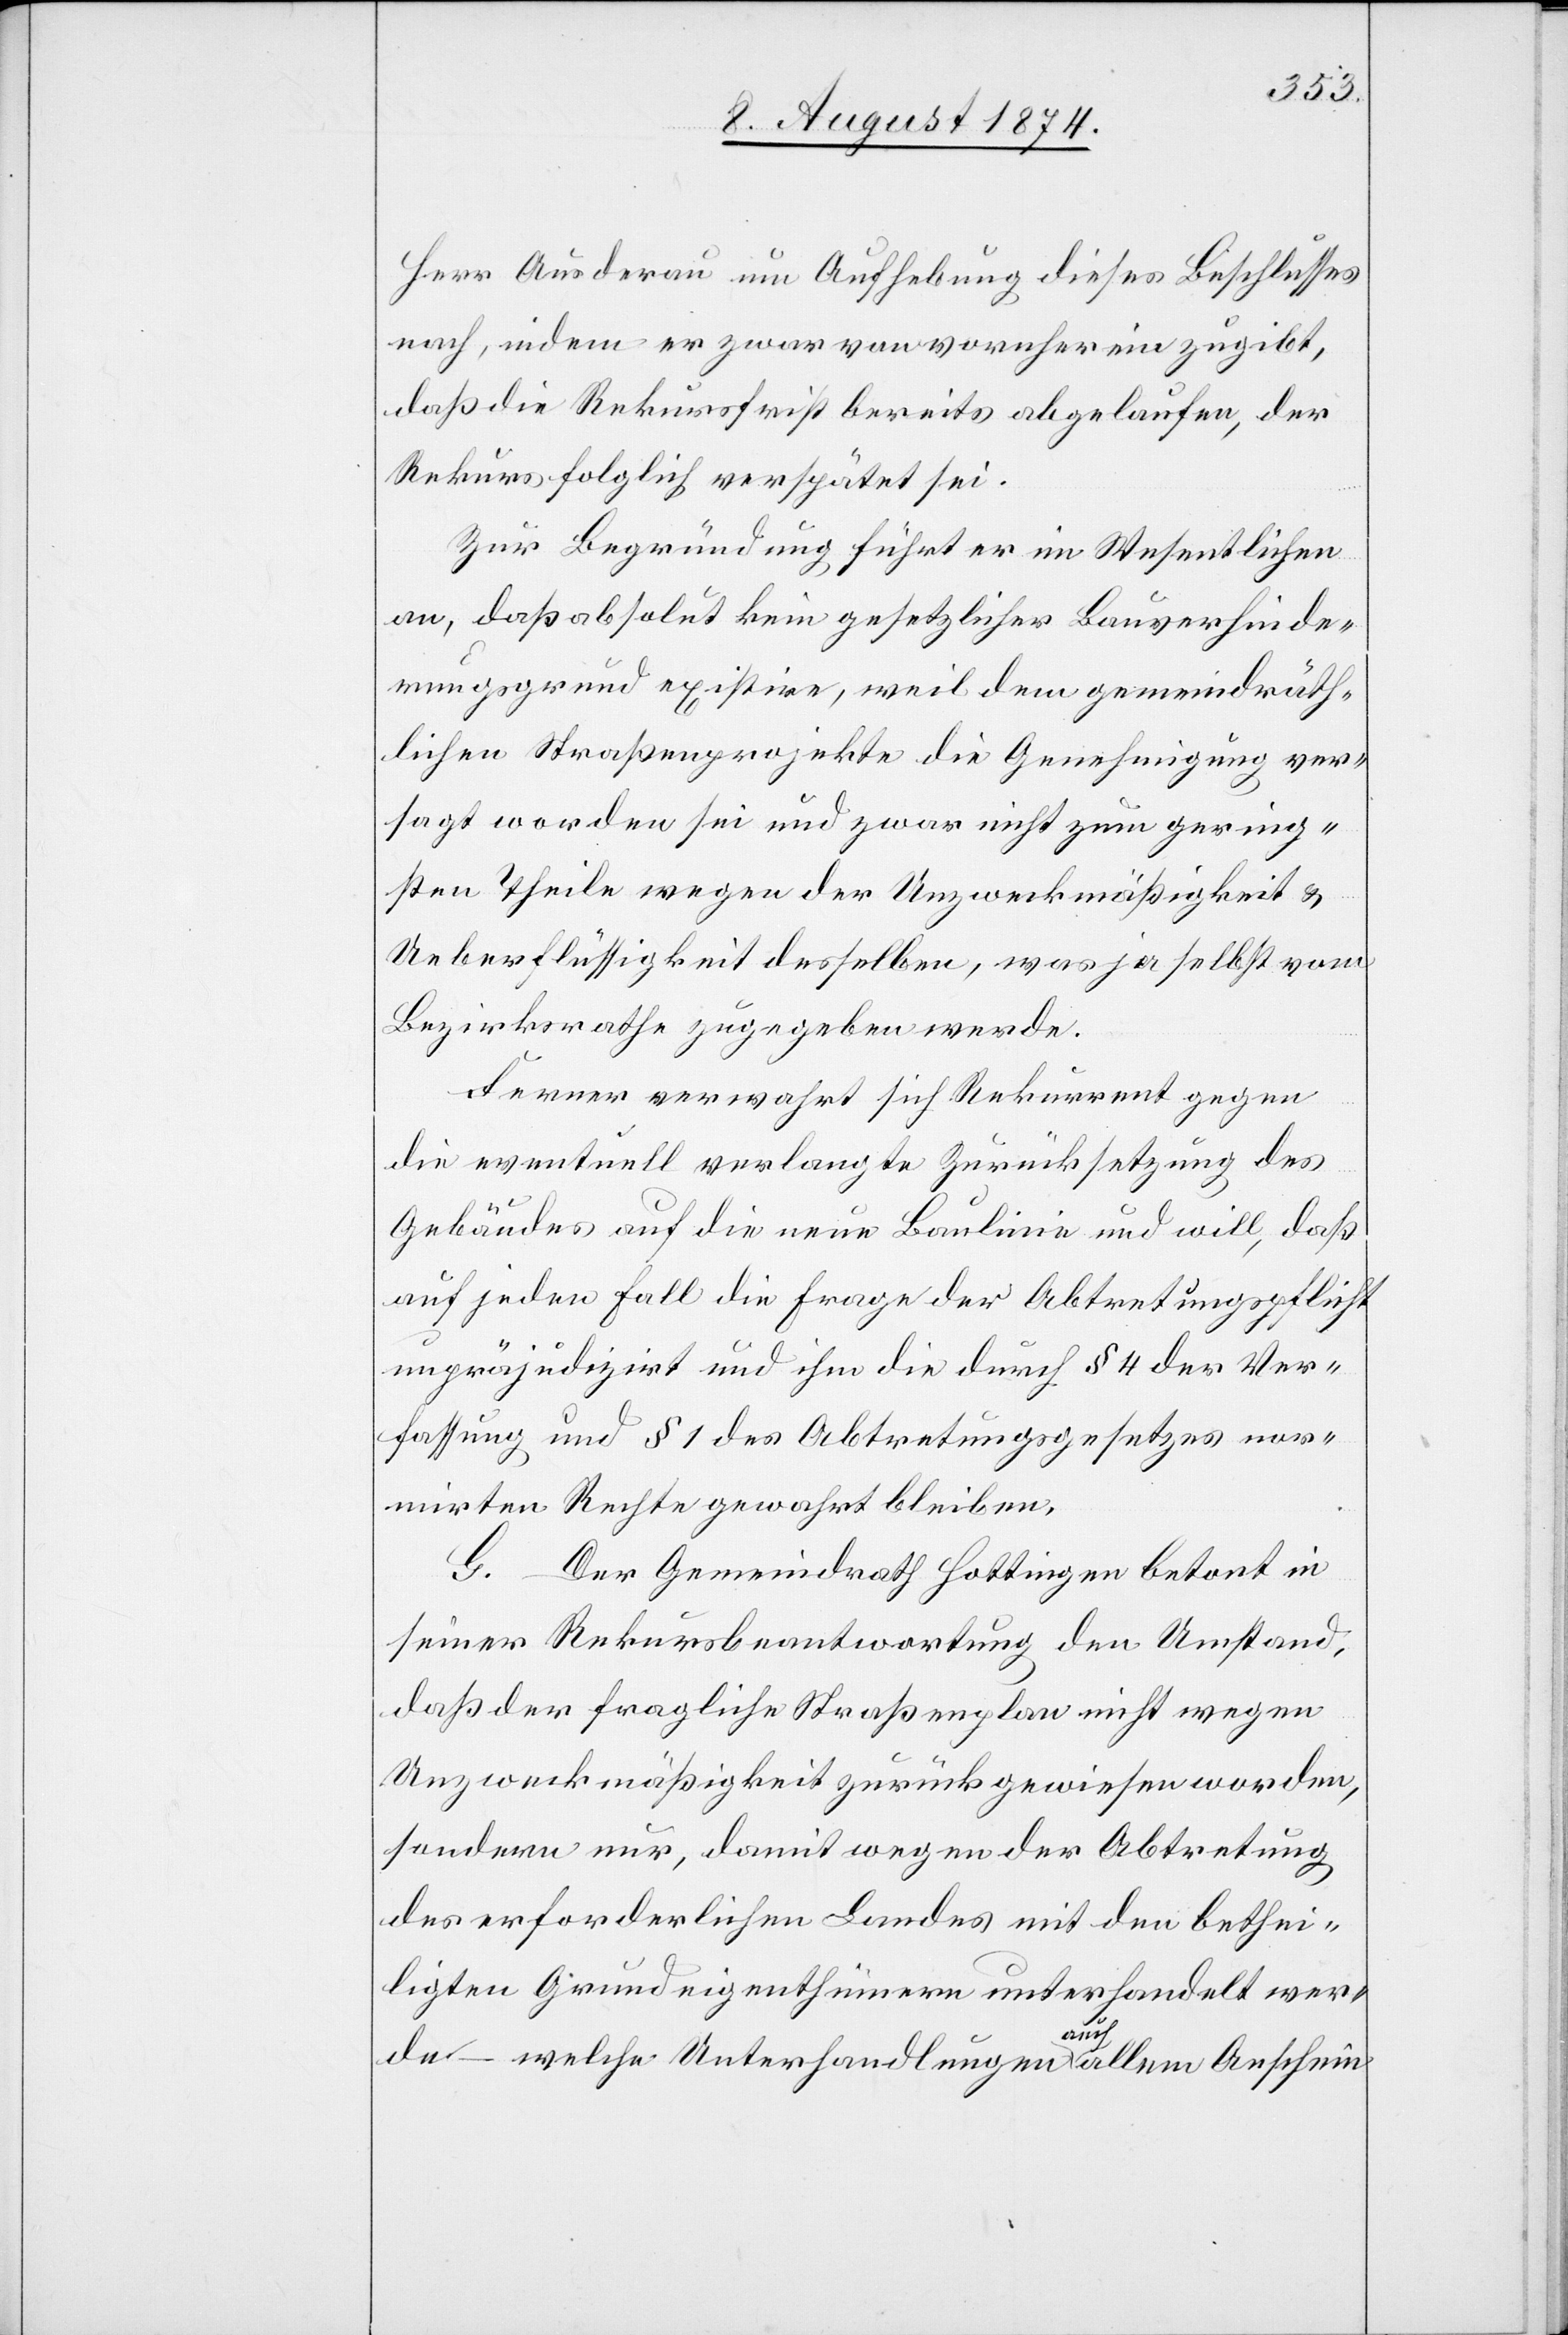
Herr Ausderau um Aufhebung dieses Beschlusses
nach, indem er zwar von vorherein zugibt,
daß die Rekursfrist bereits abgelaufen, der
Rekurs folglich verspätet sei.
Zur Begründung führt er im Wesentlichen
an, daß absolut kein gesetzlicher Bauverhinde¬
rungsgrund existire, weil dem gemeindräth¬
lichen Straßenprojekte die Genehmigung ver¬
sagt worden sei und zwar nicht zum gering¬
sten Theile wegen der Unzweckmäßigkeit u.
Ueberflüssigkeit desselben, was ja selbst vom
Bezirksrathe zugegeben werde.
Ferner verwahrt sich Rekurrent gegen
die eventuell verlangte Zurücksetzung des
Gebäudes auf die neue Baulinie und will, daß
auf jeden Fall die Frage der Abtretungspflicht
unpräjudizirt und ihm die durch § 4 der Ver¬
fassung und § 1 des Abtretungsgesetzes nor¬
mirten Rechte gewahrt bleiben.
G. Der Gemeindrath Hottingen betont in
seiner Rekursbeantwortung den Umstand,
daß der fragliche Straßenplan nicht wegen
Unzweckmäßigkeit zurückgewiesen worden,
sondern nur, damit wegen der Abtretung
des erforderlichen Landes mit den bethei¬
ligten Grundeigenthümern unterhandelt wer¬
de – welche Unterhandlungen auch allem Anschein